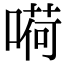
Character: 嗬